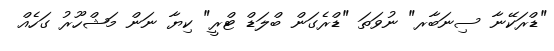
"ޑްރަކޭނާ ސިނަބާރ" ނުވަތަ "ޑްރެގަން ބްލަޑް ޓްރީ" ކިޔާ ނަން މަޝްހޫރު ގަހެއް